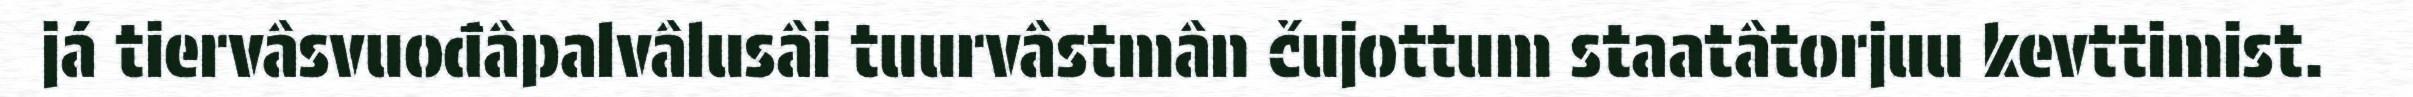
já tiervâsvuođâpalvâlusâi tuurvâstmân čujottum staatâtorjuu kevttimist.